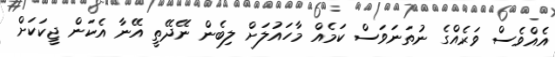
އެއްވެސް ވަރެއްގެ ނުތަނަވަސް ކަމެއް މާހައުލަށް ލިބެން ނޭދޭތީ އޭނާ އެކަން ޖީކަކަށް